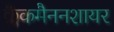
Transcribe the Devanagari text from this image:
क्लैकमैननशायर